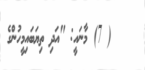
( 7) މާނައީ: "އަދި ތިޔަބައިމީހުންގެ